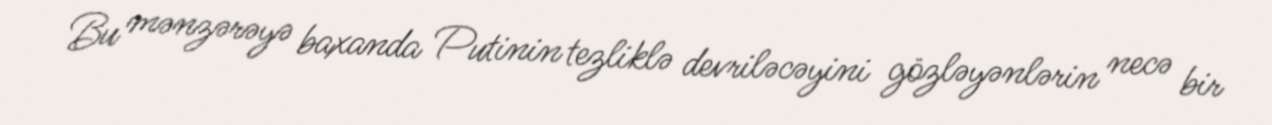
Bu mənzərəyə baxanda Putinin tezliklə devriləcəyini gözləyənlərin necə bir